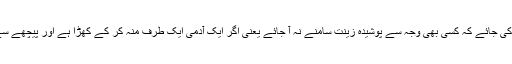
اس آیت کا اصل مقصد تو یہ ہے کہ اس طرح کوشش کی جائے کہ کسی بھی وجہ سے پوشیدہ زینت سامنے نہ آ جائے یعنی اگر ایک آدمی ایک طرف منہ کر کے کھڑا ہے اور پیچھے سے پازیب کی آواز آ رہی ہو تو وہ بھی دیکھنا چاہے گا۔